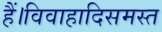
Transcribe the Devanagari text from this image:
हैं।विवाहादिसमस्त